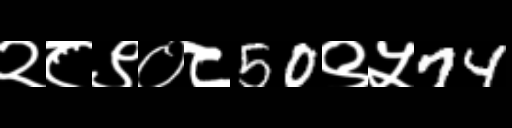
Text: २८९०८50९५74